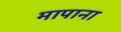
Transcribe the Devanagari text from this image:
मापाना